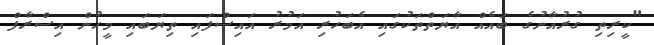
"ކީރިތި ގުރުއާނުގެ ބައެއް އާޔަތްތަކުގައި އެބަހުރި އަމުރު އައިސްފައި ތިޔަބައި މީހުން އިސްރާފް